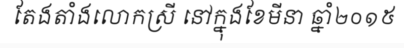
តែងតាំងលោកស្រី នៅក្នុងខែមីនា ឆ្នាំ២០១៥